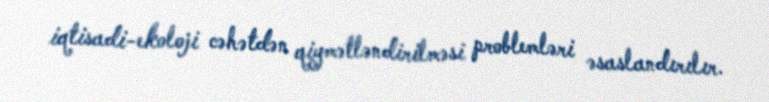
iqtisadi-ekoloji cəhətdən qiymətləndirilməsi problemləri əsaslandırılır.